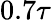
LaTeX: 0.7\tau